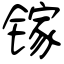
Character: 镓